Senior Leaving Certificate Examination (including Day School Certificate (Higher) General paper), 1949
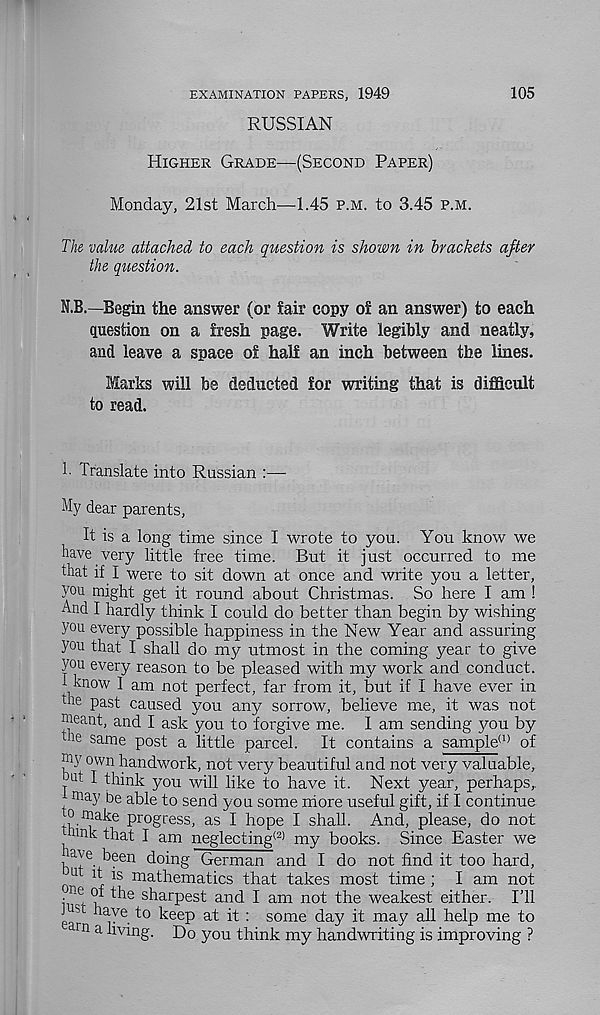
EXAMINATION PAPERS, 1949
RUSSIAN
105
Higher Grade—(Second Paper)
Monday, 21st March—1.45 p.m. to 3.45 p.m.
The value attached to each question is shown in brackets after
the question.
N.B.—Begin the answer (or Sair copy o! an answer) to each
question on a fresh page. Write legibly and neatly,
and leave a space of half an inch between the lines.
Marks will be deducted for writing that is difficult
to read.
1- Translate into Russian :—-
My dear parents,
It is a long time since I wrote to you. You know we
have very little free time. But it just occurred to me
that if I were to sit down at once and write you a letter,
you might get it round about Christmas. So here I am !
And I hardly think I could do better than begin by wishing
you every possible happiness in the New Year and assuring
you that I shall do my utmost in the coming year to give
you every reason to be pleased with my work and conduct.
1 know I am not perfect, far from it, but if I have ever in
the past caused you any sorrow, believe me, it was not
meant, and I ask you to forgive me. 1 am sending 3rou by
tne same post a little parcel.
It contains a sample (I) of
my own handwork, not very beautiful and not very valuable,
I think you will like to have it. Next year, perhaps,,
may be able to send you some more useful gift, if I continue
0 make progress, as I hope I shall. And, please, do not
/link th 3 -! I am. neglecting (2> my books. Since Easter we
mve been doing German and I do not find it too hard,
a it is mathematics that takes most time ; I am not
• ne ( ^ Ihe sharpest and I am not the weakest either. I’ll
ea SC
^e e P ^ ^ : som e day it may all help me to
rn a hving. Do you think my handwriting is improving ?